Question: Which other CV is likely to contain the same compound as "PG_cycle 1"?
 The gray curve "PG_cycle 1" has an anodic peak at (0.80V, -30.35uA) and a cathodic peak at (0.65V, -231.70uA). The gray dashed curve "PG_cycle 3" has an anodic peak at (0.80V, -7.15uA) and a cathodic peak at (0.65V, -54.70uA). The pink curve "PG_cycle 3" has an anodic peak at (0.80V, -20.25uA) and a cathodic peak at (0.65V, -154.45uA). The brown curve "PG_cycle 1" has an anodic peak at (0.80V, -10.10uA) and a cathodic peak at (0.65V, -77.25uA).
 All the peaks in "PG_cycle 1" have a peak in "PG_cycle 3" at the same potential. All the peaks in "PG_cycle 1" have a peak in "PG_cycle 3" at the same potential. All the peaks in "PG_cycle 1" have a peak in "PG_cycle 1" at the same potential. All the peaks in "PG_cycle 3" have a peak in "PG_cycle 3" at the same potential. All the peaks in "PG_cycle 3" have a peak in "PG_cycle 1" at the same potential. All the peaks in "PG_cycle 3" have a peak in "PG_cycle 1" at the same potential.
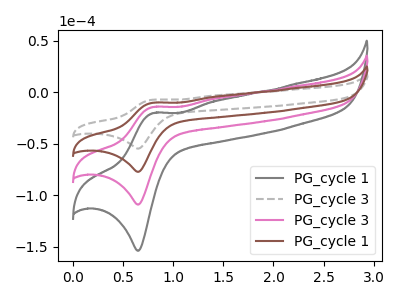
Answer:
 <answer>"PG_cycle 1", "PG_cycle 3" and "PG_cycle 1" have a similar shape to "PG_cycle 3".</answer>
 <eval>"PG_cycle 1" "PG_cycle 3" "PG_cycle 1"</eval>